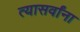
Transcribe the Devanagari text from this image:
त्यासर्वांना